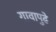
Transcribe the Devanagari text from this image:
गावापुढे